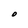
Character: O